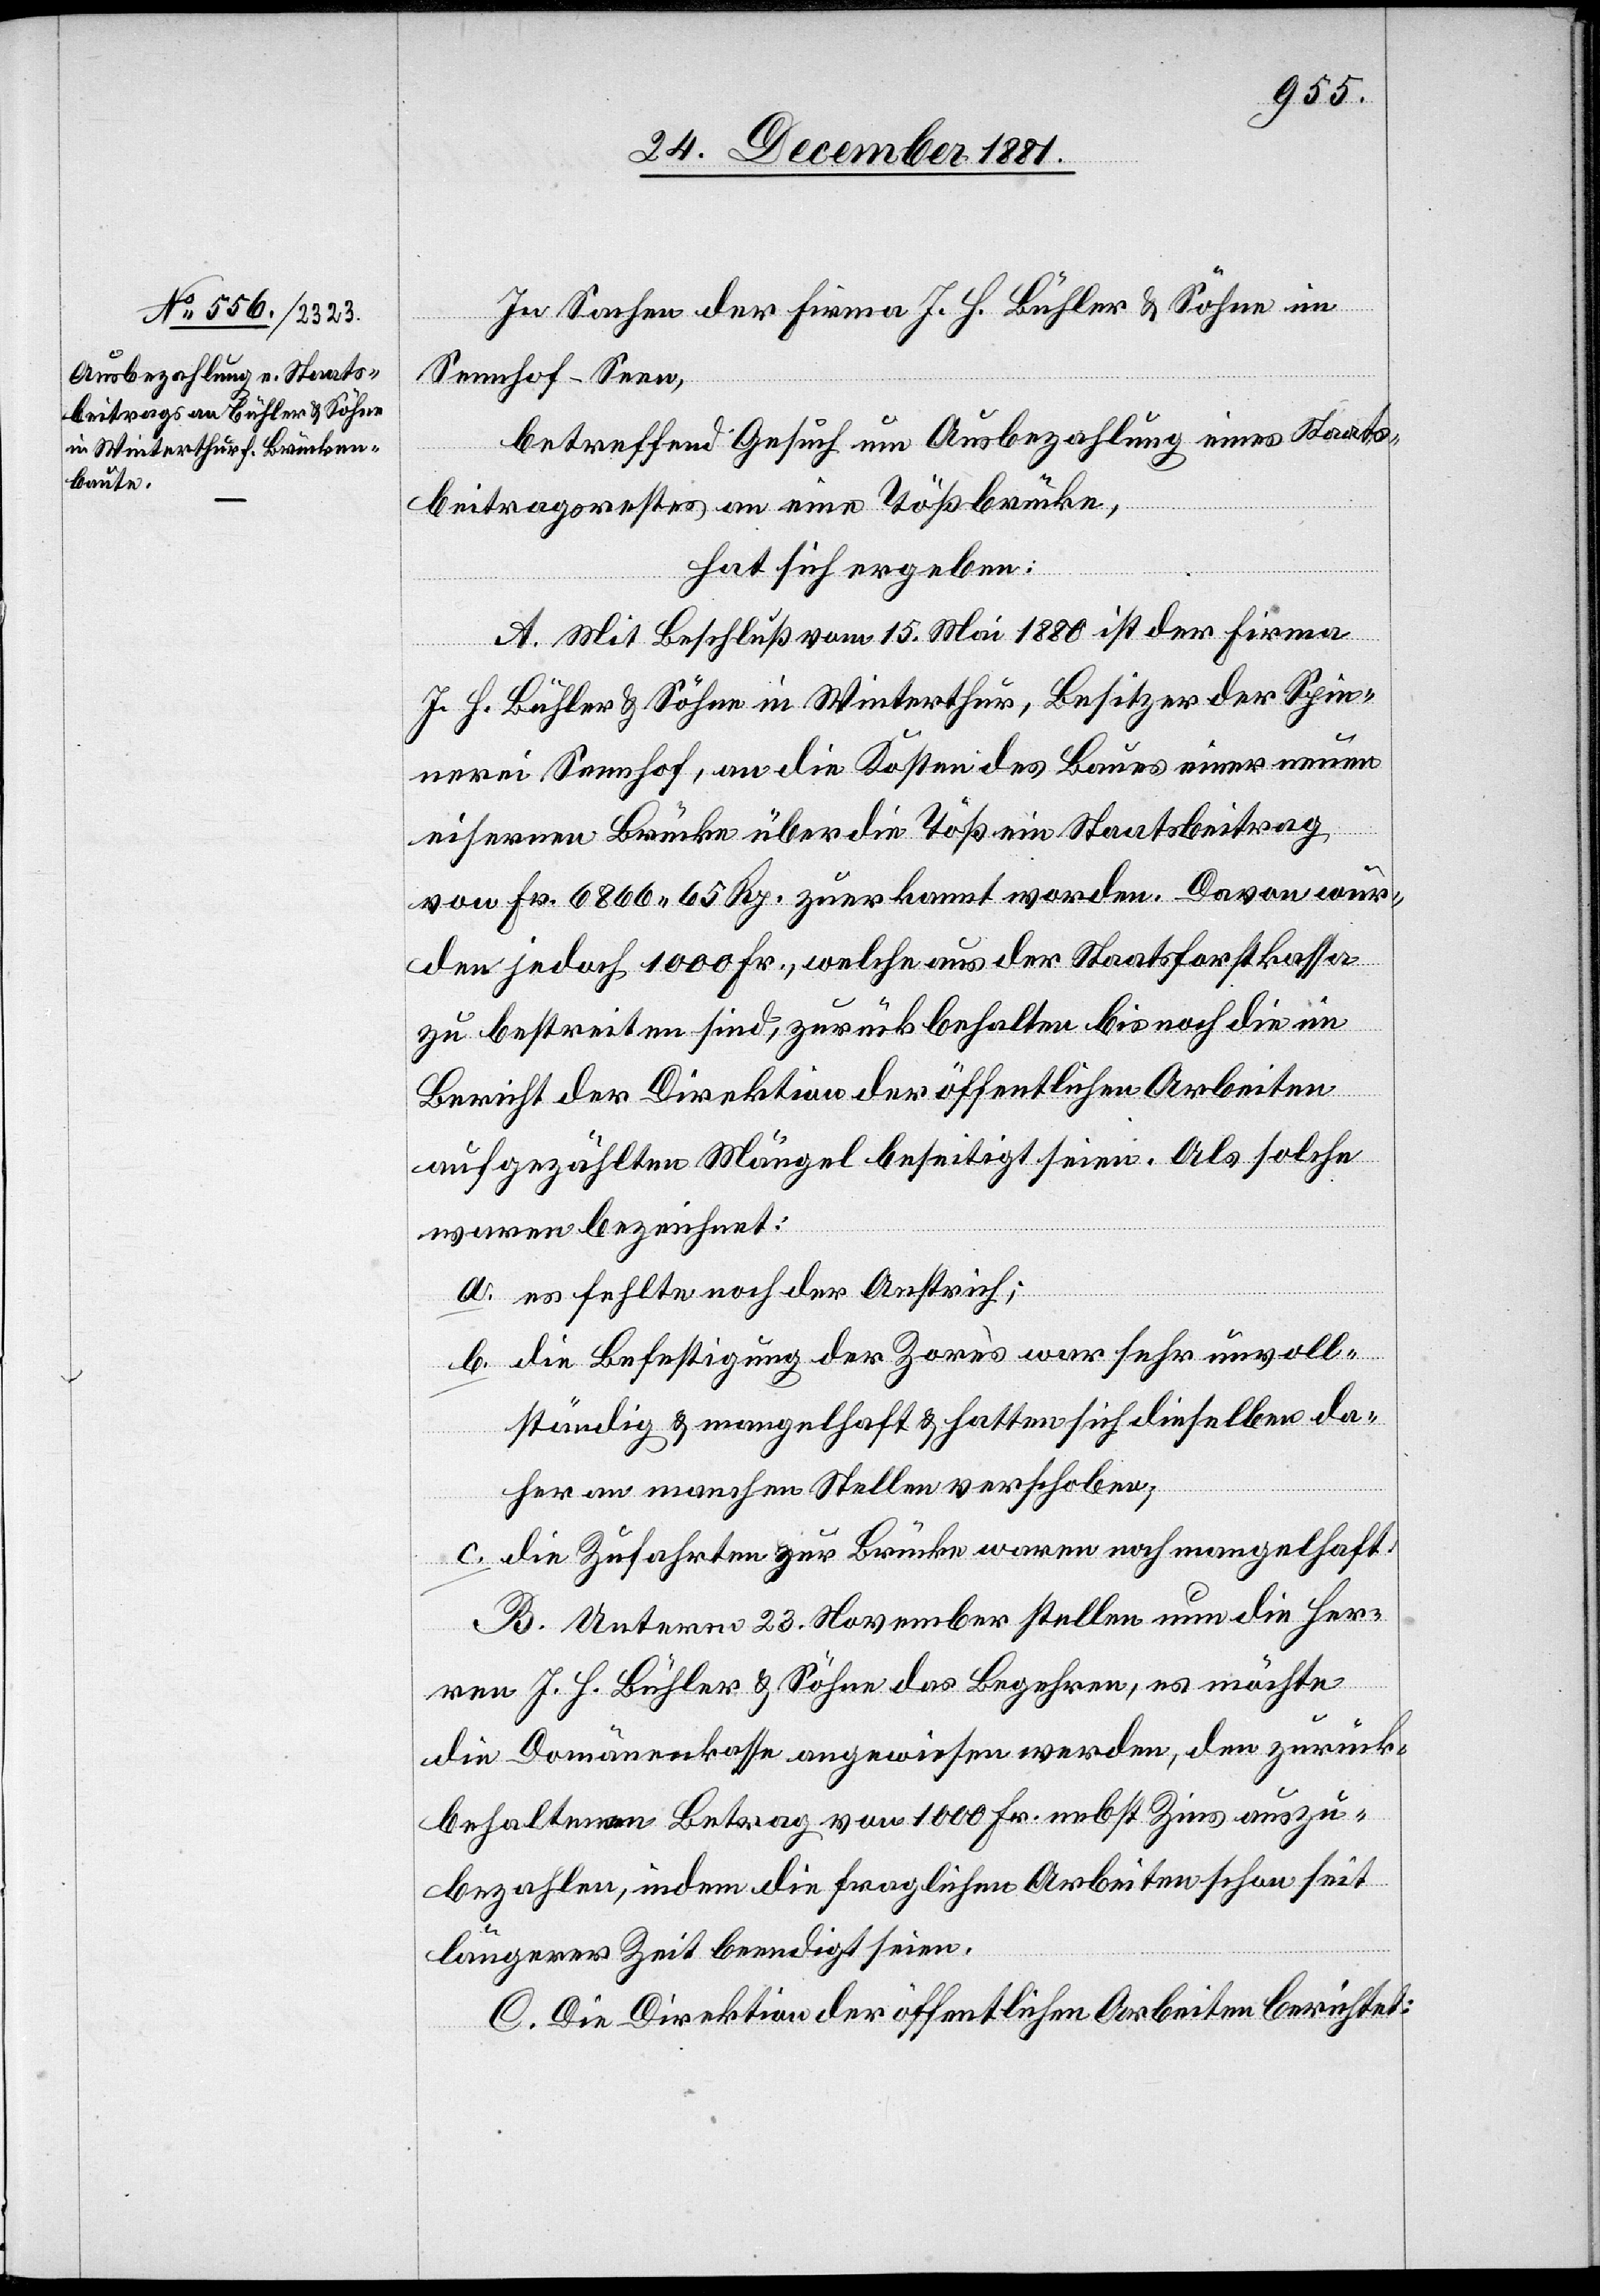
In Sachen der Firma J. H. Bühler & Söhne im
Sennhof - Seen,
betreffend Gesuch um Ausbezahlung eines Staats¬
beitrages an eine Tößbrücke,
hat sich ergeben:
A. Mit Beschluß vom 15. Mai 1880 ist der Firma
J. H. Bühler in Winterthur, Besitzer der Spin¬
nerei Sennhof, an die Kosten des Baues einer neuen
eisernen Brücke über die Töß ein Staatsbeitrag
von Fr. 6866. 65 Rp. zuerkannt worden. Davon wur¬
den jedoch 1000 Fr., welche aus der Staatsforstkassa
zu bestreiten sind, zurückbehalten bis noch die im
Bericht der Direktion der öffentlichen Arbeiten
aufgezählten Mängel beseitigt seien. Als solche
waren bezeichnet:
a. es fehlte noch der Anstrich;
b. die Befestigung der Zarès war sehr unvoll¬
ständig & mangelhaft & hatten sich dieselben da¬
her an manchen Stellen verschoben;
c. die Zufahrten zur Brücke waren noch mangelhaft.
B. Unterm 23. November stellen nun die Her¬
ren J. H. Bühler & Söhne das Begehren, es möchte
die Domänenkasse angewiesen werden, den zurück¬
behaltenen Betrag von 1000 Fr. nebst Zins auszu¬
bezahlen, indem die fraglichen Arbeiten schon seit
längerer Zeit beendigt seien.
C. Die Direktion der öffentlichen Arbeiten berichtet: